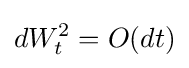
dW_{t}^{2}=O(dt)